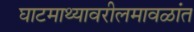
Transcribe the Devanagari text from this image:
घाटमाथ्यावरीलमावळांत